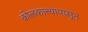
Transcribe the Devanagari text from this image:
कोलकात्त्यापासून